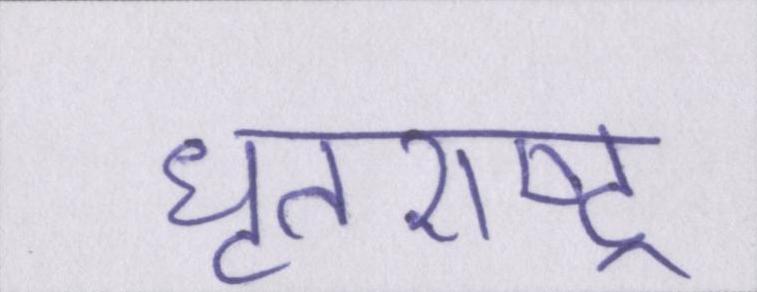
धॄतराष्ट्र